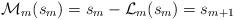
LaTeX: \begin{align*}\mathcal{M}_{m}(s_m)= s_m-\mathcal{L}_m(s_m)=s_{m+1}\end{align*}